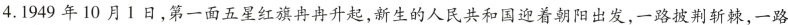
4. 1949年10月1日，第一面五星红旗冉冉升起，新生的人民共和国迎着朝阳出发，一路披荆斩棘，一路